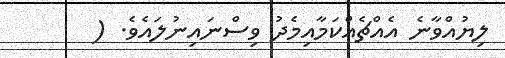
ލިޔުއްވާނެ އެއްޗެއްކަމާއިމެދު ވިސްނައިނުލައެވެ. (